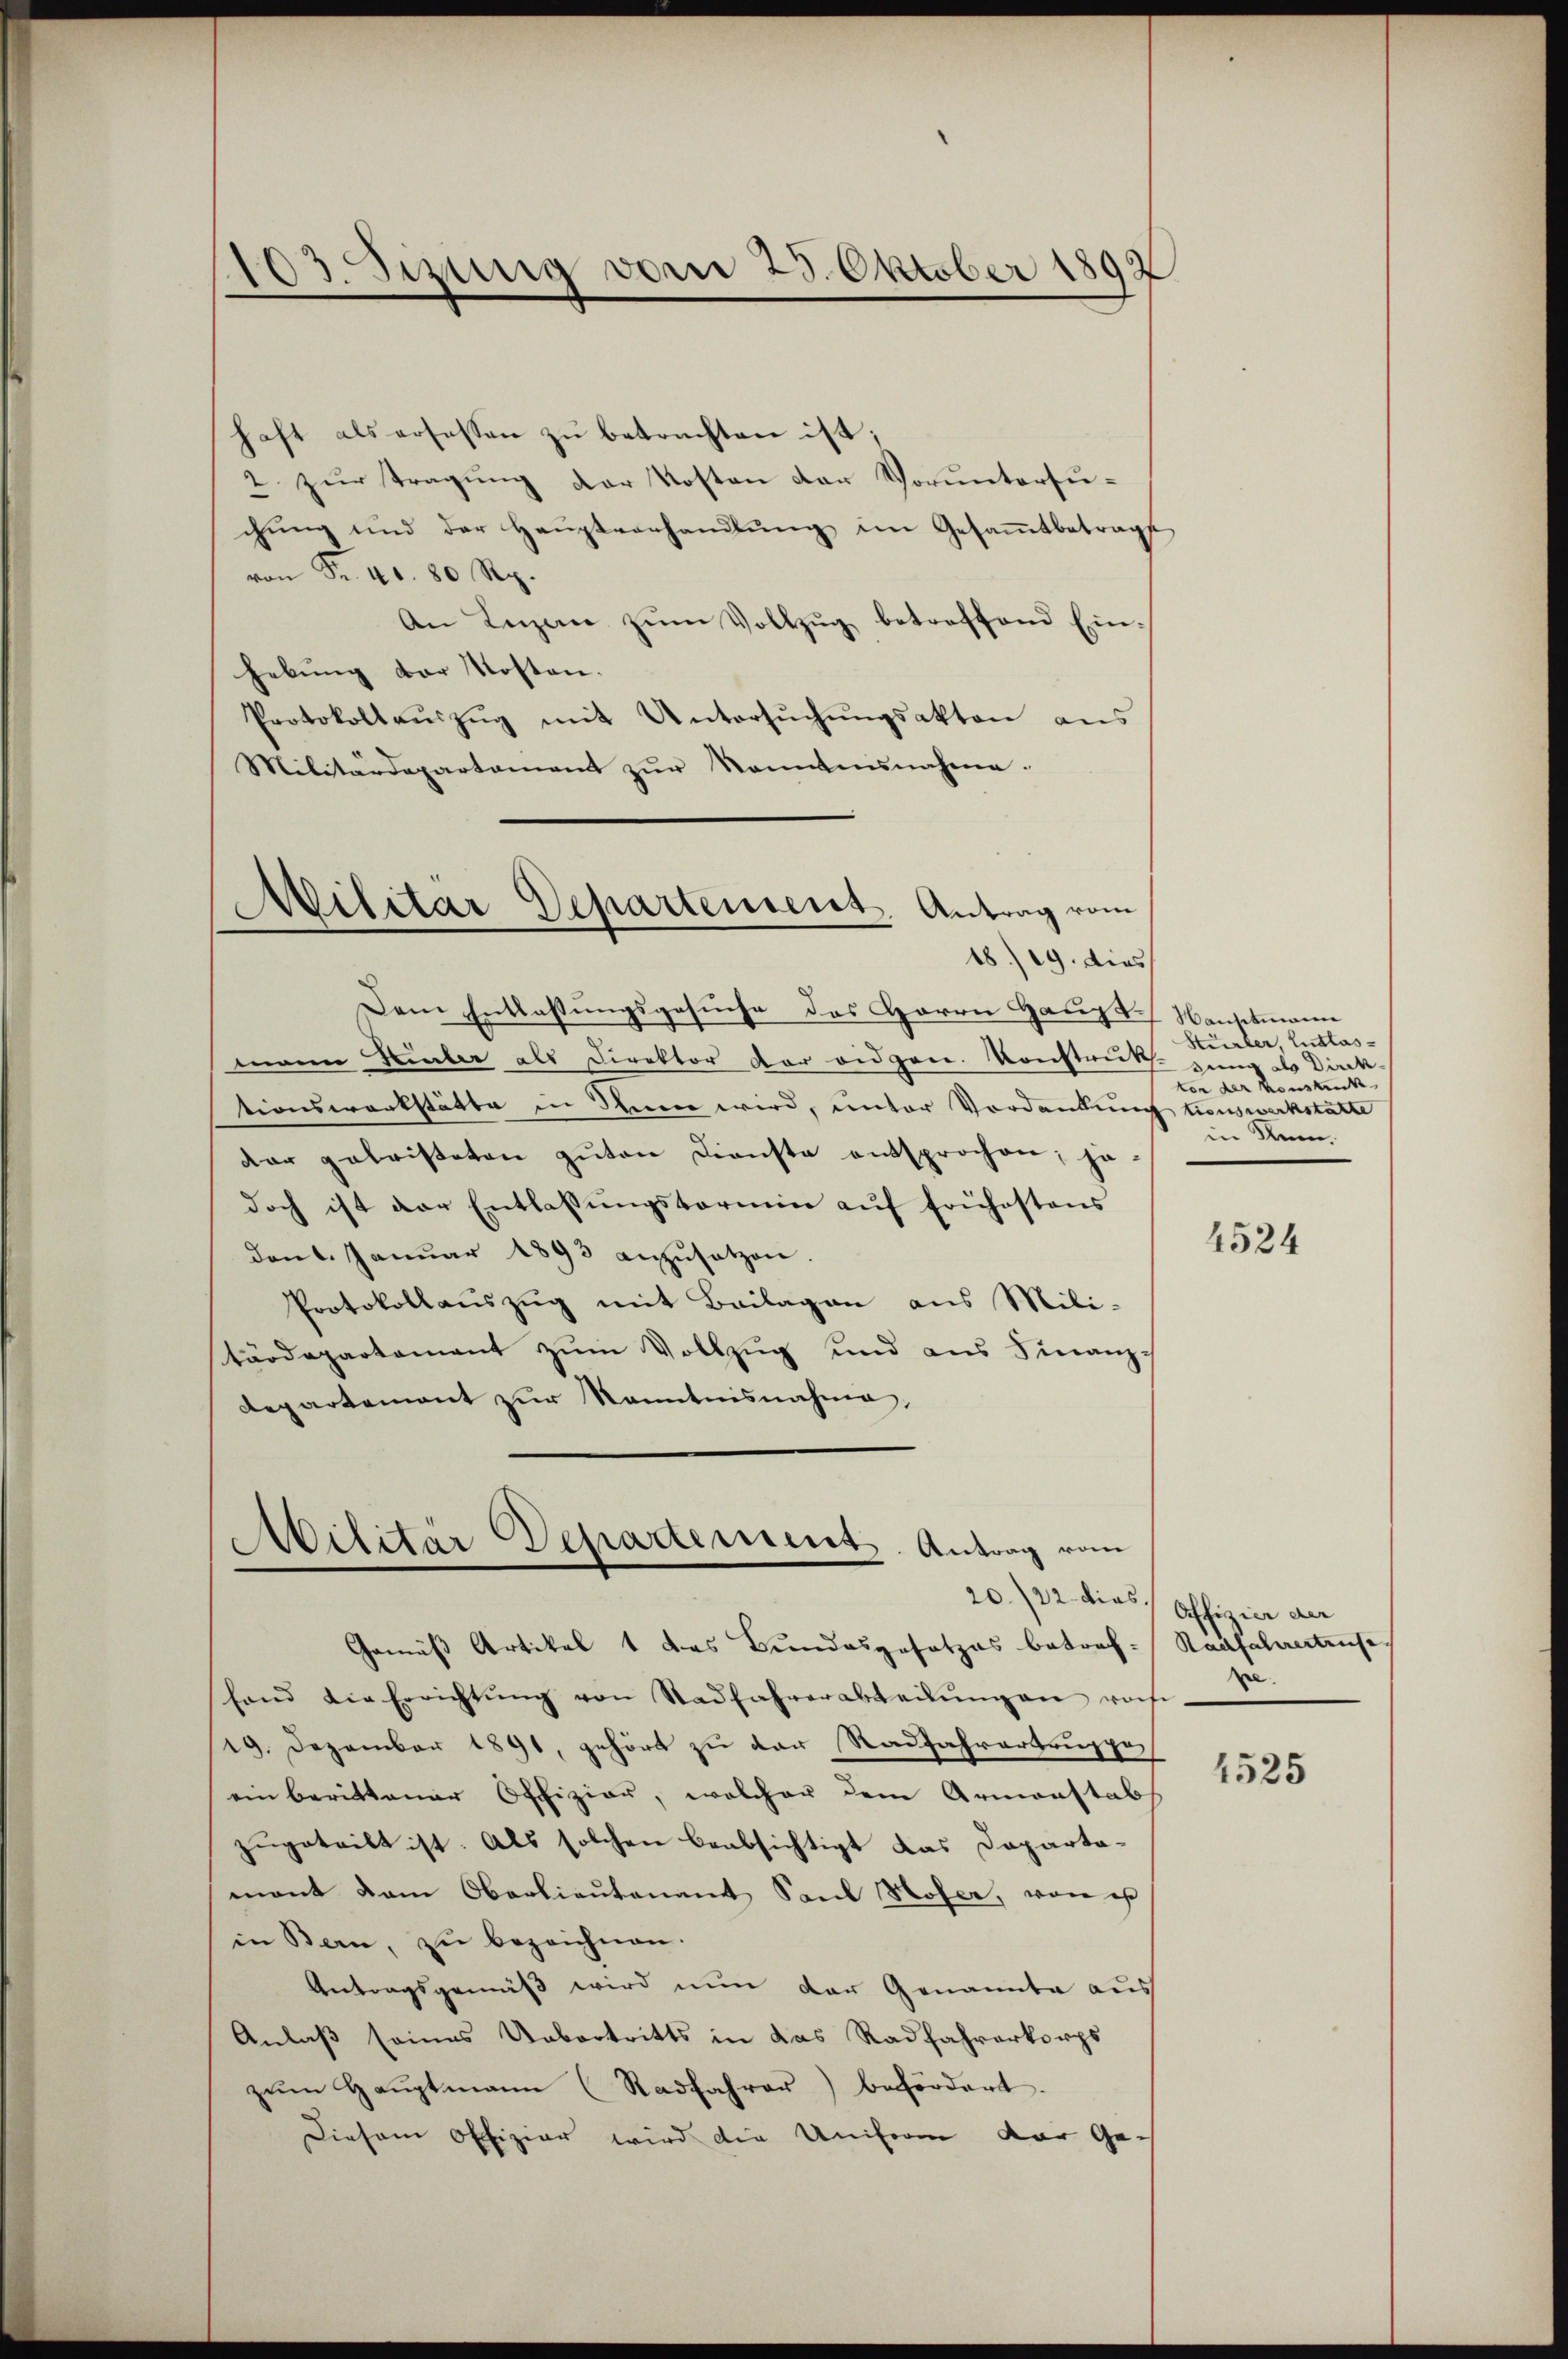
Sizung vom 23. Oktober 1892
.

haft als ersessen zu betrachten ist;
2. zur Tragung der Kosten der Voruntersuchŭng und der Haŭptvorhandlŭng im Gesammtbetrage
von Fr. 4. 80 Rp.
An Ingen zŭm Vollzŭg betreffend Ein-
hebung der Kosten-
Protokollaŭszŭg mit Untersŭchŭngsakten ans
Militärdepartament zŭr Kenntnŭnahme.
Militar Departement. Antrag vom

18/29. dies

Dem Entlassungsgesuche des Herrn Haupt anstmann
mann Liber als Direktor der eidgen. Konstruk-
tionswerkstätte in Ihnen wird, unter Vordankung tauswerkstatte
dar geleisteten guten Dienste entsprochen; je-
doch ist der Entlassŭngstermin aŭf frühestens
den 6. Janŭar 1893 anzŭsetzen.
Protokollauszug mit Beilagen aus Mili-
tärdepartament zum Vollzug und aus Finanzc
Repartement zŭr Kenntnisnahme,

Militär Departement. Antrag vom

Stürler Entlasrung als Direk
tor der Konstück
in Rum.

Gemäß Artikel 1 das Bundesgesetzes betref-Raifahrestzuse
fand die Errichtŭng von Stadfahrerabteilŭngen rohe
19. Dezember 1891, gehört zu der Radfahrertruppe,
ein berittener Offizier, welcher dem Armenstab
zugeteilt ist. Als solchen beabsichtigt das Departamont dem Oberlieutenant Saul Hofer, von is
in Bern, zu bezeichnen.
Antragsgemäß wird nun der Genannte aus
Anlaß seines Uebertritts in das Radfahrerkorps
zŭm Haŭptmann (Radfahrer befördert.
Diesem Offizier wird die Uniform der Ge-

20./22. dies offizier der

4524

.

4525